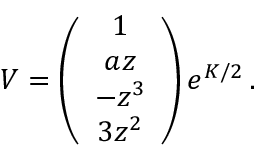
V = \left( \begin{array} { c } { { 1 } } \\ { { a z } } \\ { { - z ^ { 3 } } } \\ { { 3 z ^ { 2 } } } \end{array} \right) e ^ { K / 2 } \, .